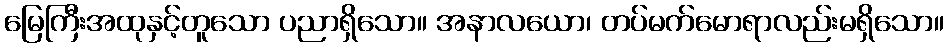
မြေကြီးအထုနှင့်တူသော ပညာရှိသော။ အနာလယော၊ တပ်မက်မောရာလည်းမရှိသော။